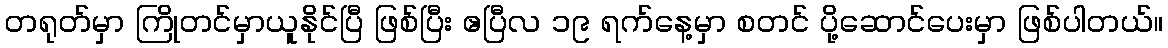
တရုတ်မှာ ကြိုတင်မှာယူနိုင်ပြီ ဖြစ်ပြီး ဧပြီလ ၁၉ ရက်နေ့မှာ စတင် ပို့ဆောင်ပေးမှာ ဖြစ်ပါတယ်။